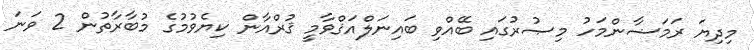
މިދިޔަ ރަމަޟާންމަހު މިޞުރުގައި ބޭއްވި ބައިނަލްއަޤްވާމީ ޤުރްއާން ކިޔެވުމުގެ މުބާރާތުން 2 ވަނަ